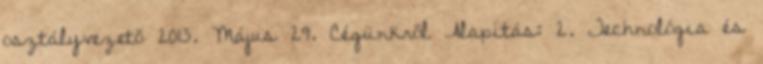
osztályvezető 2013. Május 29. Cégünkről Alapítás: 2. Technológia és